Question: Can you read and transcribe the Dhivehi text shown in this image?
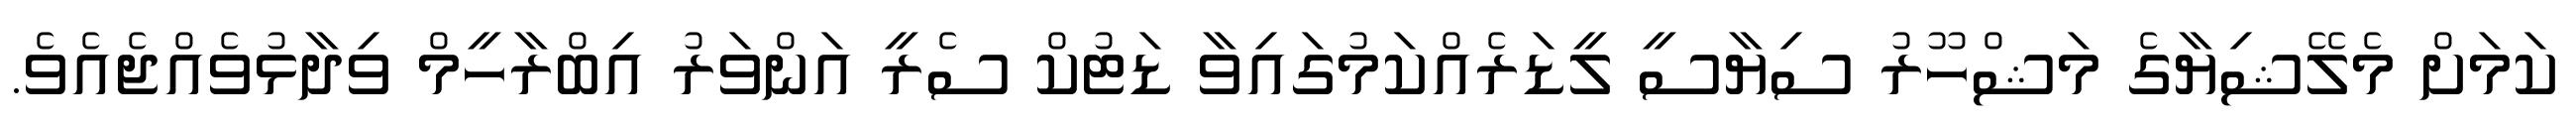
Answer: ކަމަށް މެލޭޝިޔާގެ މަޝްހޫރު ސިޔާސީ ލީޑަރެއްކަމުގައިވާ ޑަޓުކް ސެރީ އަންވަރު އިބްރާހީމް ވިދާޅުވެއްޖެއެވެ.